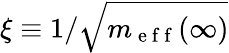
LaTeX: \xi\equiv 1/\sqrt{m_{\mathrm{~e~f~f~}}(\infty)}